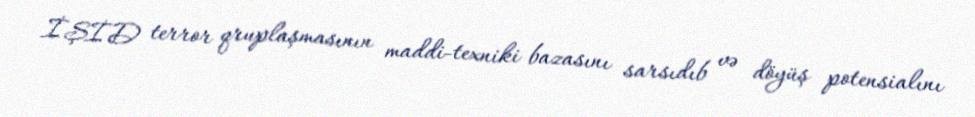
İŞİD terror qruplaşmasının maddi-texniki bazasını sarsıdıb və döyüş potensialını